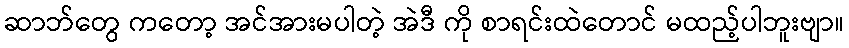
ဆာဘ်တွေ ကတော့ အင်အားမပါတဲ့ အဲဒီ ကို စာရင်းထဲတောင် မထည့်ပါဘူးဗျာ။